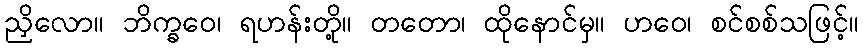
ညှိလော။ ဘိက္ခဝေ၊ ရဟန်းတို့။ တတော၊ ထိုနောင်မှ။ ဟဝေ၊ စင်စစ်သဖြင့်။